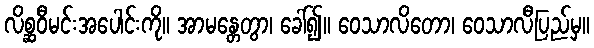
လိစ္ဆဝီမင်းအပေါင်းကို။ အာမန္တေတွာ၊ ခေါ်၍။ ဝေသာလိတော၊ ဝေသာလီပြည်မှ။